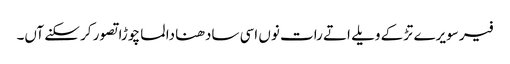
فیر سویرے تڑکے ویلے اتے رات نوں اسی سادھنا دا لما چوڑا تصور کر سکنے آں۔